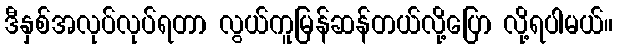
ဒီနှစ်အလုပ်လုပ်ရတာ လွယ်ကူမြန်ဆန်တယ်လို့ပြော လို့ရပါမယ်။